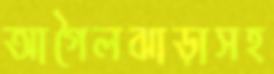
আগৈলঝাড়াসহ